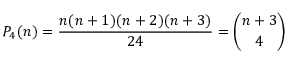
P _ { 4 } ( n ) = { \frac { n ( n + 1 ) ( n + 2 ) ( n + 3 ) } { 2 4 } } = { \binom { n + 3 } { 4 } }